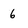
Character: 6